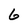
Character: 6